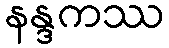
နန္ဒကဿ